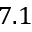
7 . 1